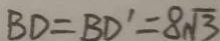
B D = B D ^ { \prime } = 8 \sqrt { 3 }